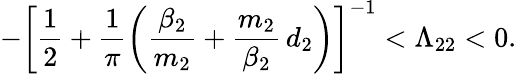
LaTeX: -\left[\frac{1}{2}+\frac{1}{\pi}\left(\frac{\beta_{2}}{m_{2}}+\frac{m_{2}}{\beta_{2}}\, d_{2}\right)\right]^{-1}<\Lambda_{22}<0.